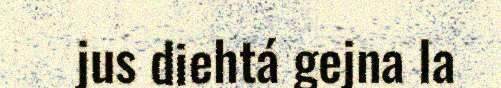
jus diehtá gejna la